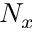
N _ { x }